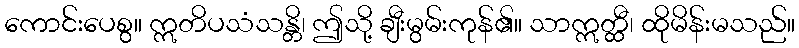
ကောင်းပေစွ။ ဣတိပသံသန္တိ၊ ဤသို့ ချီးမွမ်းကုန်၏။ သာဣတ္ထီ၊ ထိုမိန်းမသည်။